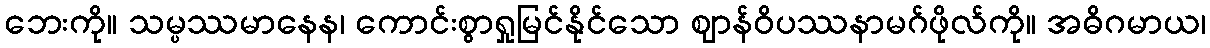
ဘေးကို။ သမ္ပဿမာနေန၊ ကောင်းစွာရှုမြင်နိုင်သော ဈာန်ဝိပဿနာမဂ်ဖိုလ်ကို။ အဓိဂမာယ၊